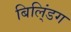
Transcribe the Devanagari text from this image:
बिलि्ंडग